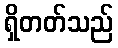
ရှိတတ်သည်